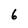
Character: 6